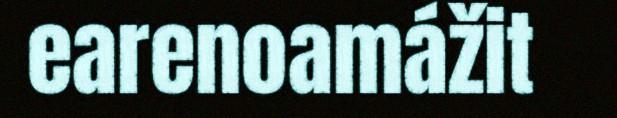
earenoamážit